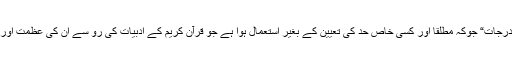
اس آیت مبارکہ میں لفظ ”درجات“ جوکہ مطلقا اور کسی خاص حد کی تعیین کے بغیر استعمال ہوا ہے جو قرآن کریم کے ادبیات کی رو سے ان کی عظمت اور بزرگی کو بیان کرتا ہے۔